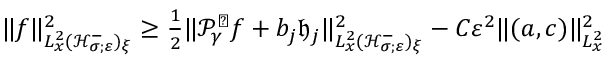
\begin{array} { r } { \| f \| _ { L _ { x } ^ { 2 } ( \mathcal H _ { \sigma ; \varepsilon } ^ { - } ) _ { \xi } } ^ { 2 } \geq \frac { 1 } { 2 } \| \mathcal P _ { \gamma } ^ { \perp } f + b _ { j } \mathfrak h _ { j } \| _ { L _ { x } ^ { 2 } ( \mathcal H _ { \sigma ; \varepsilon } ^ { - } ) _ { \xi } } ^ { 2 } - C \varepsilon ^ { 2 } \| ( a , c ) \| _ { L _ { x } ^ { 2 } } ^ { 2 } } \end{array}